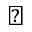
\blacktriangleleft